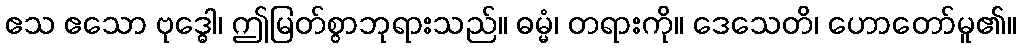
ဧသ ဧသော ဗုဒ္ဓေါ၊ ဤမြတ်စွာဘုရားသည်။ ဓမ္မံ၊ တရားကို။ ဒေသေတိ၊ ဟောတော်မူ၏။